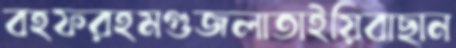
বহফরহমগুজলাতাইয়িবাছান